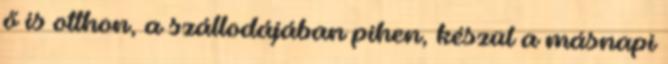
ő is otthon, a szállodájában pihen, készül a másnapi